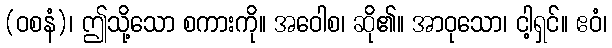
(ဝစနံ)၊ ဤသို့သော စကားကို။ အဝေါစ၊ ဆို၏။ အာဝုသော၊ ငါ့ရှင်။ ဧဝံ၊